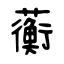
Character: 蘅